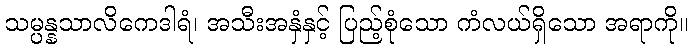
သမ္ပန္နသာလိကေဒါရံ၊ အသီးအနှံနှင့် ပြည့်စုံသော ကံလယ်ရှိသော အရာကို။